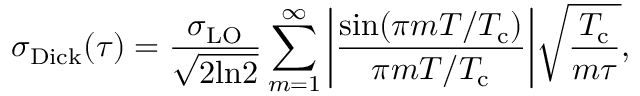
\sigma _ { \mathrm { D i c k } } ( \tau ) = \frac { \sigma _ { \mathrm { L O } } } { \sqrt { 2 \mathrm { l n } 2 } } \sum _ { m = 1 } ^ { \infty } \bigg | \frac { \mathrm { s i n } ( \pi m T / T _ { \mathrm { c } } ) } { \pi m T / T _ { \mathrm { c } } } \bigg | \sqrt { \frac { T _ { \mathrm { c } } } { m \tau } } ,